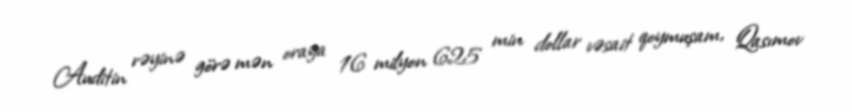
Auditin rəyinə görə mən oraya 16 milyon 625 min dollar vəsait qoymuşam, Qasımov